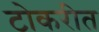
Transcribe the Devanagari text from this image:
टोकरीत